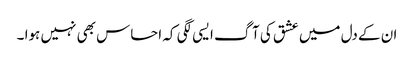
ان کے دل میں عشق کی آگ ایسی لگی کہ احساس بھی نہیں ہوا ۔